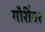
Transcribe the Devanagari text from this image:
गौरींवर